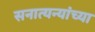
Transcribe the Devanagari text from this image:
सनात्यन्यांच्या